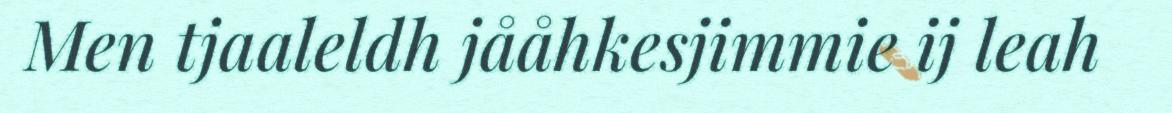
Men tjaaleldh jååhkesjimmie ij leah